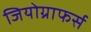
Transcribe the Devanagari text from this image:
जियोग्राफर्स